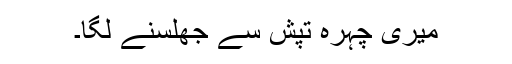
میری چہرہ تپش سے جھلسنے لگا۔